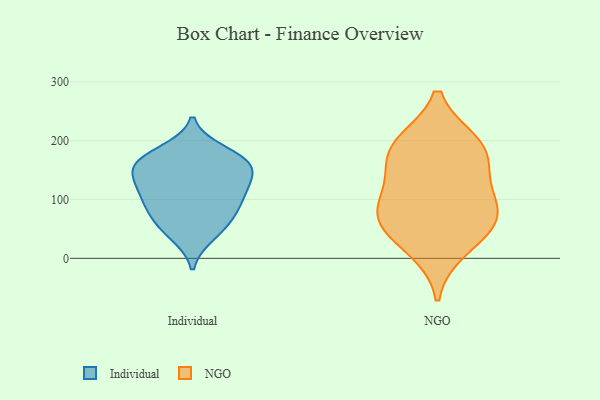
{"axis": {"x": "Tickets Resolved", "y": "Value"}, "legend": ["Individual", "NGO"], "data": [{"x": "", "y": 125, "type": "Individual"}, {"x": "", "y": 160, "type": "Individual"}, {"x": "", "y": 39, "type": "Individual"}, {"x": "", "y": 51, "type": "Individual"}, {"x": "", "y": 164, "type": "Individual"}, {"x": "", "y": 165, "type": "Individual"}, {"x": "", "y": 123, "type": "Individual"}, {"x": "", "y": 95, "type": "Individual"}, {"x": "", "y": 182, "type": "Individual"}, {"x": "", "y": 72, "type": "Individual"}, {"x": "", "y": 162, "type": "Individual"}, {"x": "", "y": 107, "type": "Individual"}, {"x": "", "y": 81, "type": "Individual"}, {"x": "", "y": 139, "type": "Individual"}, {"x": "", "y": 15, "type": "NGO"}, {"x": "", "y": 176, "type": "NGO"}, {"x": "", "y": 197, "type": "NGO"}, {"x": "", "y": 153, "type": "NGO"}, {"x": "", "y": 56, "type": "NGO"}, {"x": "", "y": 72, "type": "NGO"}, {"x": "", "y": 197, "type": "NGO"}, {"x": "", "y": 113, "type": "NGO"}, {"x": "", "y": 58, "type": "NGO"}, {"x": "", "y": 91, "type": "NGO"}]}